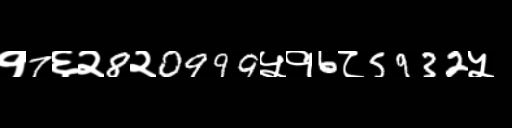
Text: १7६२8२0999५१6८5932५